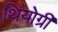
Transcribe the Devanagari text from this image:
थियोग्री